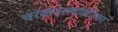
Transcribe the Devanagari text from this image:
चरकतात्पर्यटीका